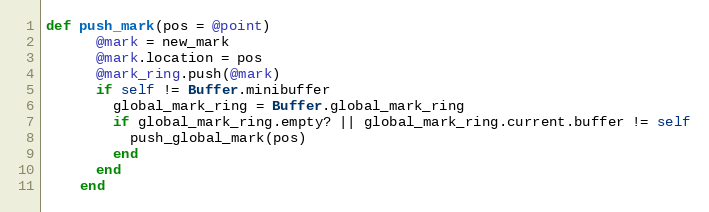
Language: Ruby
def push_mark(pos = @point)
      @mark = new_mark
      @mark.location = pos
      @mark_ring.push(@mark)
      if self != Buffer.minibuffer
        global_mark_ring = Buffer.global_mark_ring
        if global_mark_ring.empty? || global_mark_ring.current.buffer != self
          push_global_mark(pos)
        end
      end
    end